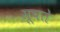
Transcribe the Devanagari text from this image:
सूचते